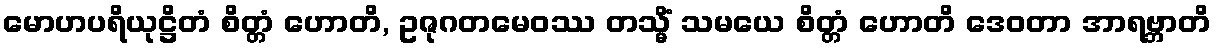
မောဟပရိယုဋ္ဌိတံ စိတ္တံ ဟောတိ, ဥဇုဂတမေဝဿ တသ္မိံ သမယေ စိတ္တံ ဟောတိ ဒေဝတာ အာရဗ္ဘာတိ